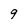
Character: g